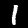
Label: 1